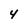
Character: 4